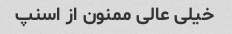
خیلی عالی ممنون از اسنپ